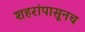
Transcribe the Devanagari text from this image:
शहरांपासूनच